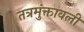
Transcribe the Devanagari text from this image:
तत्रमुंक्तावली